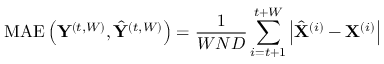
\operatorname { M A E } \left( \mathbf { Y } ^ { ( t , W ) } , \hat { \mathbf { Y } } ^ { ( t , W ) } \right) = \frac { 1 } { W N D } \sum _ { i = t + 1 } ^ { t + W } \left| \hat { \mathbf { X } } ^ { ( i ) } - \mathbf { X } ^ { ( i ) } \right|